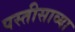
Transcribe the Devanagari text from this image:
पस्तीसाव्या